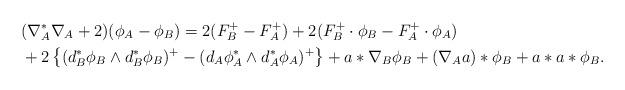
LaTeX: \begin{align*} &(\nabla_A^* \nabla_A+2)(\phi_A-\phi_B) = 2(F_B^+ -F_A^+) + 2(F_B^+\cdot\phi_B - F_A^+\cdot\phi_A)\\ &+ 2\left\{(d_B^*\phi_B\wedge d_B^*\phi_B)^+ -(d_A\phi_A^*\wedge d_A^*\phi_A)^+\right\} + a*\nabla_B\phi_B + (\nabla_A a)*\phi_B + a*a*\phi_B. \end{align*}